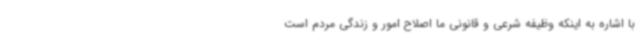
با اشاره به اینکه وظیفه شرعی و قانونی ما اصلاح امور و زندگی مردم است